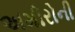
અમીરોની